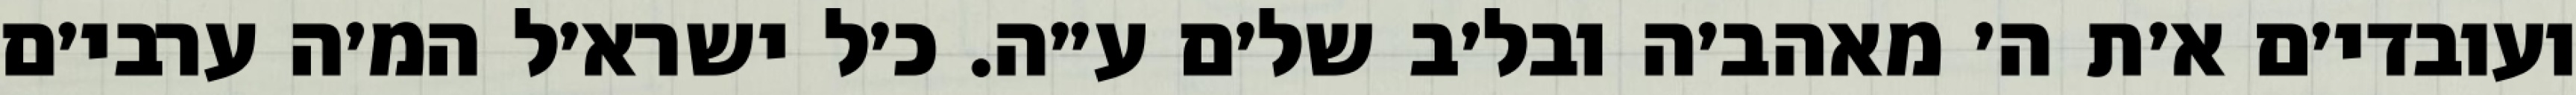
ועובדי׳ם א׳ת ה׳ מאהב׳ה ובל׳ב של׳ם ע״ה. כ׳ל ישרא׳ל המ׳ה ערבי׳ם